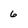
Character: 6